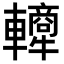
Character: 𬧿